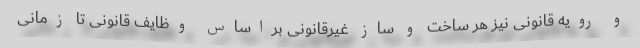
و رویه قانونی نیز هر ساخت و ساز غیرقانونی براساس وظایف قانونی تا زمانی